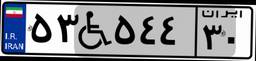
۹۲W۵۲۶۰۹